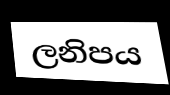
ලනිපය